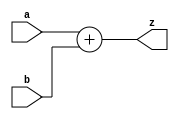
`timescale 1ns / 1ps
//////////////////////////////////////////////////////////////////////////////////
// Company: 
// Engineer: 
// 
// Design Name: 
// Module Name: adder
// Project Name: 
// Target Devices: 
// Tool Versions: 
// Description: 
// 
// Dependencies: 
// 
// Revision:
// Revision 0.01 - File Created
// Additional Comments:
// 
//////////////////////////////////////////////////////////////////////////////////

module adder #(parameter WORD_SIZE = 32)
            (input [WORD_SIZE - 1 : 0] a, b,
             output reg [WORD_SIZE - 1 : 0] z);

    always @ (*) begin
        z <= a + b;
    end
endmodule